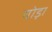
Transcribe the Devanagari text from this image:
चोड़ा